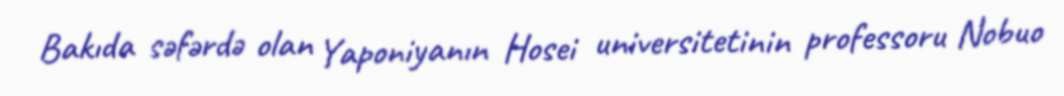
Bakıda səfərdə olan Yaponiyanın Hosei universitetinin professoru Nobuo